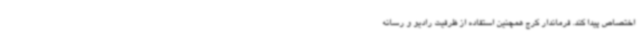
اختصاص پیدا کند. فرماندار کرج همچنین استفاده از ظرفیت رادیو و رسانه